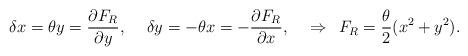
LaTeX: \begin{align*}\delta x = \theta y = \frac{\partial F_R}{\partial y}, \hspace{0.5cm} \delta y = - \theta x = - \frac{\partial F_R}{\partial x}, \hspace{0.5cm} \Rightarrow \hspace{0.2cm} F_R = \frac{\theta}{2} (x^2 + y^2).\end{align*}